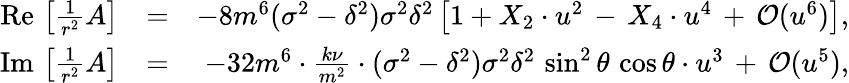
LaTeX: \begin{array}{rlr}{\mathrm{Re}\, \left[\frac{1}{r^{2}}A\right]}&{=}&{-8m^{6}(\sigma^{2}-\delta^{2})\sigma^{2}\delta^{2}\left[1+X_{2}\cdot u^{2}\, -\, X_{4}\cdot u^{4}\, +\, {\cal O}(u^{6})\right],}\\ {\mathrm{Im}\, \left[\frac{1}{r^{2}}A\right]}&{=}&{-32m^{6}\cdot\frac{k\nu}{m^{2}}\cdot(\sigma^{2}-\delta^{2})\sigma^{2}\delta^{2}\, \sin^{2}\theta\, \cos\theta\cdot u^{3}\, +\, {\cal O}(u^{5}),}\end{array}